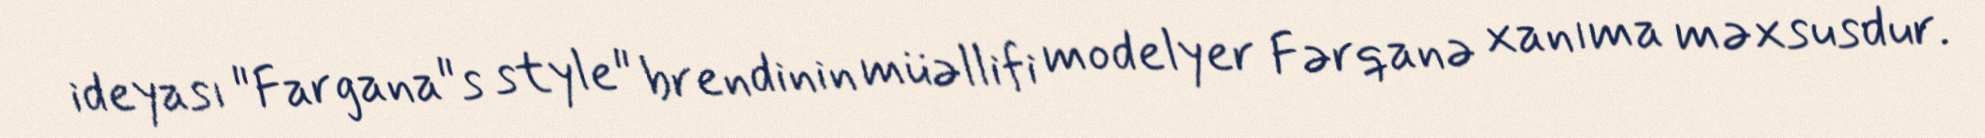
ideyası "Fargana"s style" brendinin müəllifi modelyer Fərqanə xanıma məxsusdur.